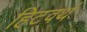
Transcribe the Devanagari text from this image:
हिटवर्थ